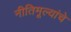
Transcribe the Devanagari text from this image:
नीतिमूल्यांचे